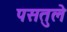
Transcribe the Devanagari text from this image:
पसतुले